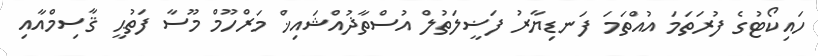
ހައިކޯޓުގެ ފުރަތަމަ އުއްތަމަ ފަނޑިޔާރު ފަޟީލަތުލް އުސްތާޛުއްޝައިޚް މަރްހޫމް މޫސާ ފަތުޙީ ޤާސިމްއާއި